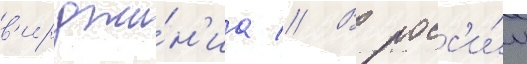
в'ирджи́н'иа // В росс'и́и